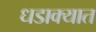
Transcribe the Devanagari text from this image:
धडाक्‍यात